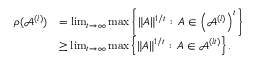
\begin{array} { r l } { \rho ( \mathcal { A } ^ { ( l ) } ) } & { = \operatorname* { l i m } _ { t \to \infty } \operatorname* { m a x } \left\{ \| A \| ^ { 1 / t } : \, A \in \left( \mathcal { A } ^ { ( l ) } \right) ^ { t } \right\} } \\ & { \geq \operatorname* { l i m } _ { t \to \infty } \operatorname* { m a x } \left\{ \| A \| ^ { 1 / t } : \, A \in \mathcal { A } ^ { ( l t ) } \right\} . } \end{array}